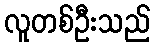
လူတစ်ဦးသည်